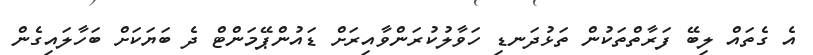
އެ ގެތައް ލިބޭ ފަރާތްތަކުން ތަޅުދަނޑި ހަވާލުކުރަންވާއިރަށް ޑައުންޕޭމަންޓް ދެ ބަޔަކަށް ބަހާލައިގެން